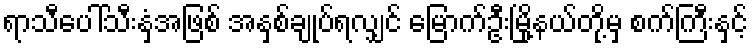
ရာသီပေါ်သီးနှံအဖြစ် အနှစ်ချုပ်ရလျှင် မြောက်ဦးမြို့နယ်တို့မှ စက်ကြီးနှင့်